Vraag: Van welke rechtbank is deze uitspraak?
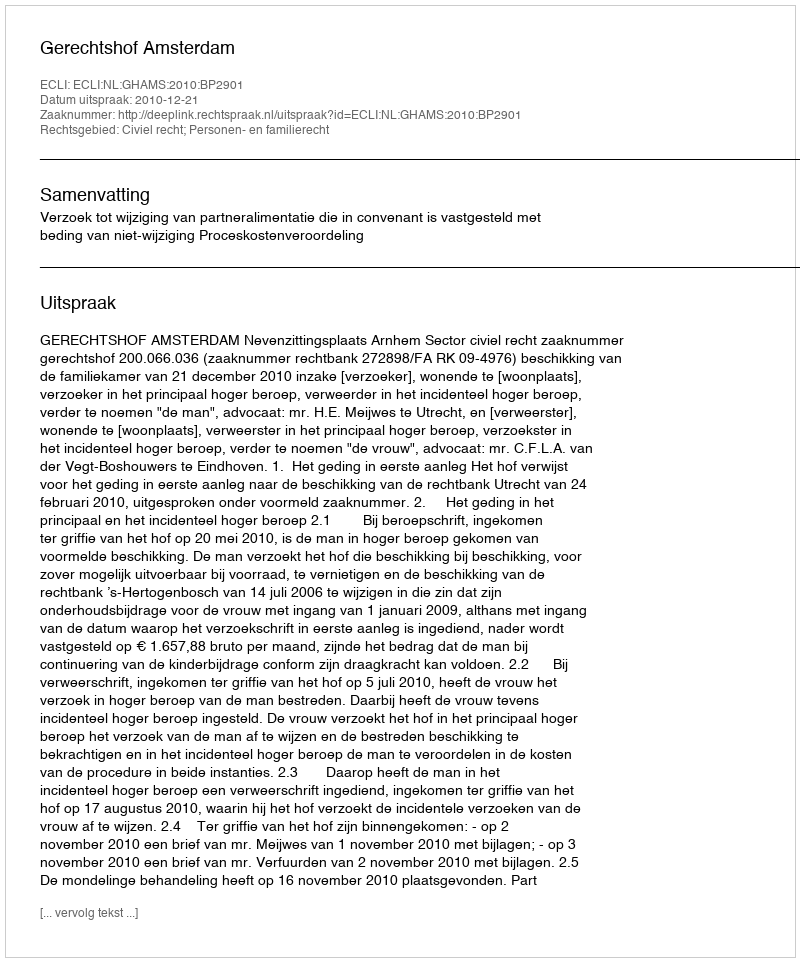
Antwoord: Gerechtshof Amsterdam